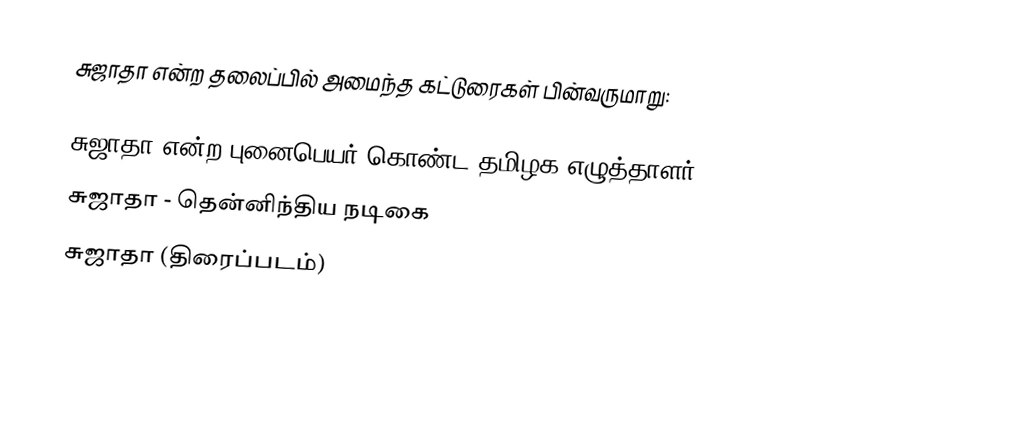
சுஜாதா என்ற தலைப்பில் அமைந்த கட்டுரைகள் பின்வருமாறு:

 சுஜாதா என்ற புனைபெயர் கொண்ட தமிழக எழுத்தாளர்.
 சுஜாதா - தென்னிந்திய நடிகை
 சுஜாதா (திரைப்படம்)